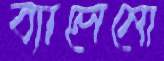
ব্যালেনো